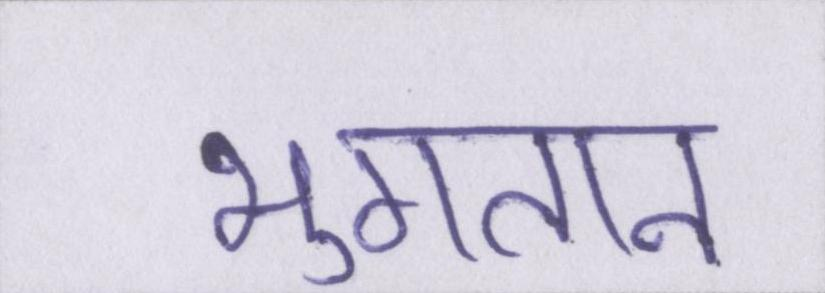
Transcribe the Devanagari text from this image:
भुगतान